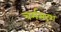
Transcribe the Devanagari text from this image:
चर्मसदृश